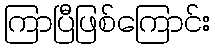
ကြာပြီဖြစ်ကြောင်း